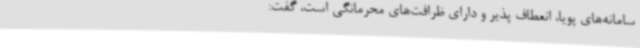
سامانه‌های پویا، انعطاف پذیر و دارای ظرافت‌های محرمانگی است، گفت: